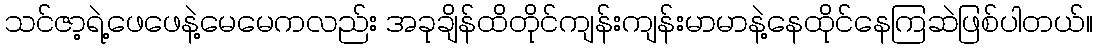
သင်ဇာ့ရဲ့ဖေဖေနဲ့မေမေကလည်း အခုချိန်ထိတိုင်ကျန်းကျန်းမာမာနဲ့နေထိုင်နေကြဆဲဖြစ်ပါတယ်။